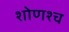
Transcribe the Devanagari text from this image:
शोणश्च